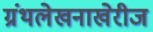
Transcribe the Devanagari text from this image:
ग्रंथलेखनाखेरीज